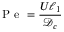
\mathrm { ~ P ~ e ~ } = \frac { U \ell _ { 1 } } { { \mathcal { D } } _ { c } }